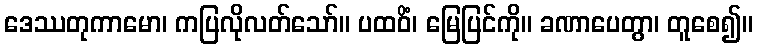
ဒေဿတုကာမော၊ ကပြလိုလတ်သော်။ ပထဝိံ၊ မြေပြင်ကို။ ခဏာပေတွာ၊ တူစေ၍။